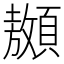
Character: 䫨